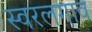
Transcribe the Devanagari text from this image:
स्वरलगाव